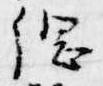
綱